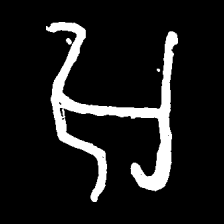
Pyu character \u2014 Myanmar letter: အ (romanized: a)